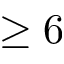
\geq 6